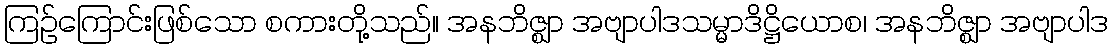
ကြဉ်ကြောင်းဖြစ်သော စကားတို့သည်။ အနဘိဇ္ဈာ အဗျာပါဒသမ္မာဒိဋ္ဌိယောစ၊ အနဘိဇ္ဈာ အဗျာပါဒ